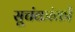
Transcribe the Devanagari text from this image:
सूचंकांकों